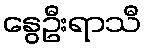
နွေဦးရာသီ